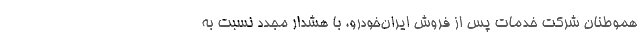
هموطنان شرکت خدمات پس از فروش ایران‌خودرو، با هشدار مجدد نسبت به